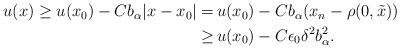
LaTeX: \begin{align*}\begin{aligned}u (x) \geq u (x_0) - C b_\alpha |x - x_0| = \,& u (x_0) - C b_\alpha (x_n - \rho (0, \tilde{x}))\\ \geq \,& u (x_0) - C \epsilon_0 \delta^2 b_\alpha^2.\end{aligned}\end{align*}